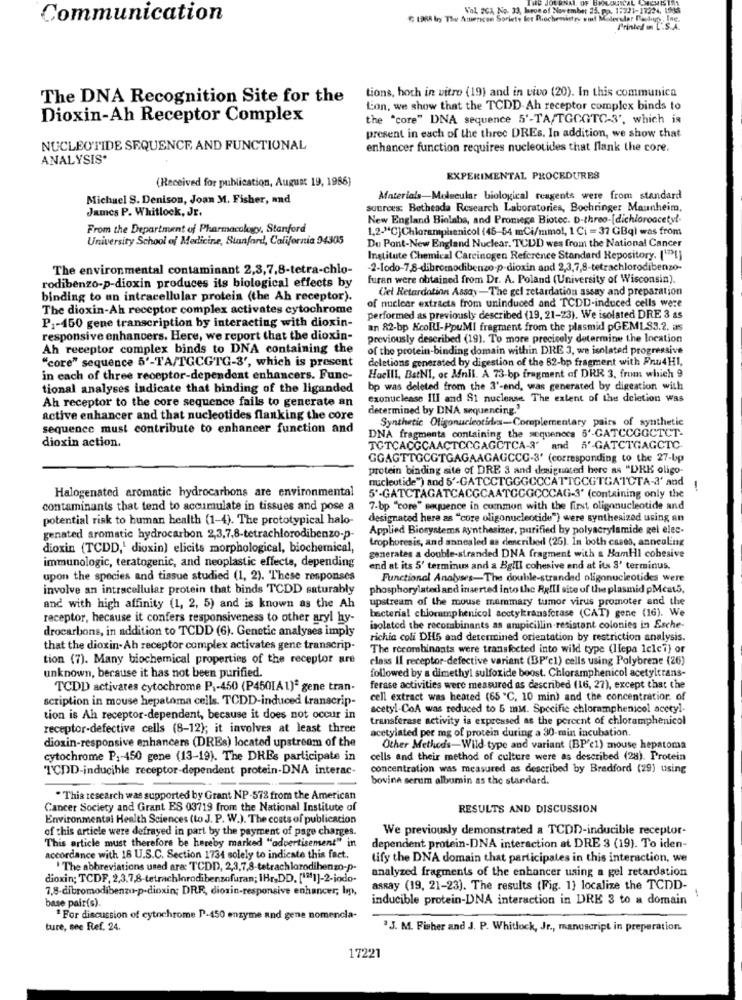
SCAL
Vol 203, No. 33, bron of November 25, pp. 1:221-17224, 185
Communication
€: 1968 by The American Soriety let Biochemistry omt Molecular Bosko, Inc.
Printed . C.S.A.
The DNA Recognition Site for the
tions, hoch in vitro (19) and in vivo (20). In this communica
L'on, we show that the TCDD- Ah receptor complex binds to
Dioxin-Ah Receptor Complex
the "core" DNA sequence 5'-TA/TGCGTC-3', which is
present in each of the three DREs. In addition, we show that
NUCLEOTIDE SEQUENCE AND FUNCTIONAL
enhancer function requires nucleotides that flank the core.
ANALYSIS.
(Received for publication, August 19, 1986)
EXPERIMENTAL PROCEDURES
Michael S. Denison, Joan M. Fisher, and
Materials-Molecular biological reagents were from standard
James P. Whitlock, Jr.
sources: Bethesda Research Laboratories, Bochringer Mannheim,
New England Biolaba, and Promega Biotec. D-three-[dichloroacetyl-
From the Department of Pharmacology, Stanford
1,2-"C]Chloramphenicol (45-54 mCi/mmol, 1 Ci = 37 GBq) was from
University School of Medicine, Stanford, California 94305
Du Pont-New England Nuclear. TCDD wes from the National Cancer
Institute Chemical Carcinogen Reference Standard Repository. (17>[]
The environmental contaminant 2,3,7,8-tetra-chlo-
-2-lodo-7,8-dibromodibenzo-p-dioxin and 2,3,7,8-tetrachlorodibenzo-
rodibenzo-p-dioxin produces ils biological effects by
furan were obtained from Dr. A. Poland (University of Wisconsin).
Uel Retardation Assay-The gel retardation assay and preparation
binding to un intracellular protein (the Ah receptor).
of nuclear extracts from uninduced and TCDD-induced cells were
The dioxin-Ah receptor complex activates cytochrome
P1-450 gene transcription by interacting with dioxin-
performed as previously described (19, 21-23). We isolated DRE 3 as
an 82-bp KcollI-PpuMI fragment from the plasmid pGEMLS3.2. as
responsive enhancers. Here, we report that the dioxin-
previously described (19). To more precisely determine the location
Ah receptor complex binds to DNA containing the
of the protein-binding domain within DRE 3, we isolated progressive
"core" sequence 5'-TA/TGCGTG-3', which is present
deletions generated by digestion of the 82-bp fragment with Fnu4HI,
in each of three receptor-dependent enhancers. Func-
Haelli, BstNI, oc Mnil. A 73-bp fragment of DRR 3, from which 9
tional analyses indicate that binding of the liganded
bp was deleted from the 3'-end, was generated by digestion with
Ah receptor to the core sequence fails to generate an
Czonuclease ILI and $1 nuclense The extent of the deletion was
determined by DNA sequencing.'
active enhancer and that nucleotides flanking the core
Synthetic Oligonucleotides-Complementary pairs of synthetic
sequence must contribute to enhancer function and
DNA fragments containing the sequeners 5'-GATCCGGCTCT-
dioxin action.
TCTCACGCAACTCCGAGCTCA-3' and 5'-GATCTGAGCTC.
GGAGTTGCGTGAGAAGAGCCG-3' (corresponding to the 27-bp
protein binding site of DRE 3 and designaced here as "DRK oligo-
nucleotide") and 5'-GATCCTGGGCCCATTGCGTGATCTA-3' and
!
Halogenated aromatic hydrocarbons are environmental
5'-GATCTAGATCACGCAATGCGCCCAG-3' (containing only the
contaminants that tend to accumulate in tissues and pose a
7-bp "core" sequence in common with the first oligonucleotide and
potential risk to human health (1-4). The prototypical halo-
designated here as "core oligonucleotide") were synthesized using an
Applied Biosystems synthesizer, purified by polyacrylamide gel elec-
genated aromatic hydrocarbon 2,3,7,8-tetrachlorodibenzo-p-
trophoresis, and annealed as described (26). In both cases, annealing
dioxin (TCDD,' dioxin) elicits morphological, biochemical,
generates a double-stranded DNA fragment with & HamHI cohesive
immunologic, teratogenic, and neoplastic effects, depending
end at its 5' terminus and a BglIl cohesive end at its S' terminus.
upon the species and tissue studied (1, 2). These responses
Functional Analyses-The double-stranded oligonucleotides were
involve an intracellular protein that binds TCDD saturably
phosphorylated and inserted into the RgfIl site of the plasmid pMcats,
upstream of the mouse mammary tumor virus promoter and the
and with high affinity (1, 2, 5) and is known as the Ah
receptor, because it confers responsiveness to other aryl hy-
bacterial chloramphenicol soctykransferase (CAT) gene (16). We
drocarbons, in addition to TCDD (6). Genetic analyses imply
isolated the recorabinants as ampicillin-resistant colonies in Esche-
richia coli DHS and determined orientation by restriction analysis.
that the dioxin-Ah receptor complex activates gene transcrip-
The recombinants were transfected into wild type (liepa Icle7) or
tion (7). Many biochemical properties of the receptor are
class Il receptor-defective variant (BP'c1) cells using Polybrene (26)
unknown, because it has not been purified.
followed by a dimethyl sulfoxide boost. Chloramphenicol acetyltrans-
TCDD activates cytochrome P1-450 (P450IA1)* gene tran-
ferase activities were measured as described (16, 27), except that the
scription in mouse hepatoma cells. TCDD-induced transcrip-
cell extract was heated (65 "℃, 10 min) and the concentratior. of
acetyl-CoA was reduced to 5 mm. Specific chloramphenicol acetyl-
tion is Ah receptor-dependent, because it does not occur in
transferase activity is expressed as the percent of chloramphenicol
receptor-defective cells (8-12); it involves at least three
acetylated per mg of protein during a 30-min incubation.
dioxin-responsive enhancers (DREs) located upstream of the
Other Methods-Wild type and variant (BP'c1) mouse hepatoma
cytochrome P1-450 gene (13-19). The DREs participate in
cells and their method of culture were as described (28). Protein
TCDD-inducible receptor-dependent protein-DNA interac-
concentration was measured as described by Bradford (29) using
bovine serum albumin as the standard.
. This research was supported by Grant NP-572 from the American
Cancer Society and Grant ES 03719 from the National Institute of
RESULTS AND DISCUSSION
Environmental Health Sciences (to J. P. W.). The costs of publication
of this article were defrayed in part by the payment of page charges.
We previously demonstrated a TCDD-inducible receptor-
This article must therefore be hereby marked "advertisement" in
dependent protein-DNA interaction at DRE 3 (19). To iden-
accordance with 18 U.S.C. Section 1734 solely to indicate this fact.
tify the DNA domain that participates in this interaction, we
"The abbreviations used are TCDD, 2,3,7,8-tetrachlorodibenzo-p-
analyzed fragments of the enhancer using a gel retardation
dioxin; TCDF, 2,3,7,8-tetrachlorodibenzofuran; IHr,DD. [11]-2-iodo-
7,8-dibromodibenzu-p-dioxin; DRR, dioxin-responsive enhancer; Ip,
asRay (19, 21-23). The results (Fig. 1} localize the TCDD-
base pair(s).
inducible protein-DNA interaction in DRE 3 to a domain
" For discussion of cytochrome P-450 enzyme and gene nomencla-
ture, see Ref. 24.
. J. M. Fisher and J. P. Whitlock, Jr ., manuscript in preparation.
17221